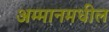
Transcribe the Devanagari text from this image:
अम्मानमधील